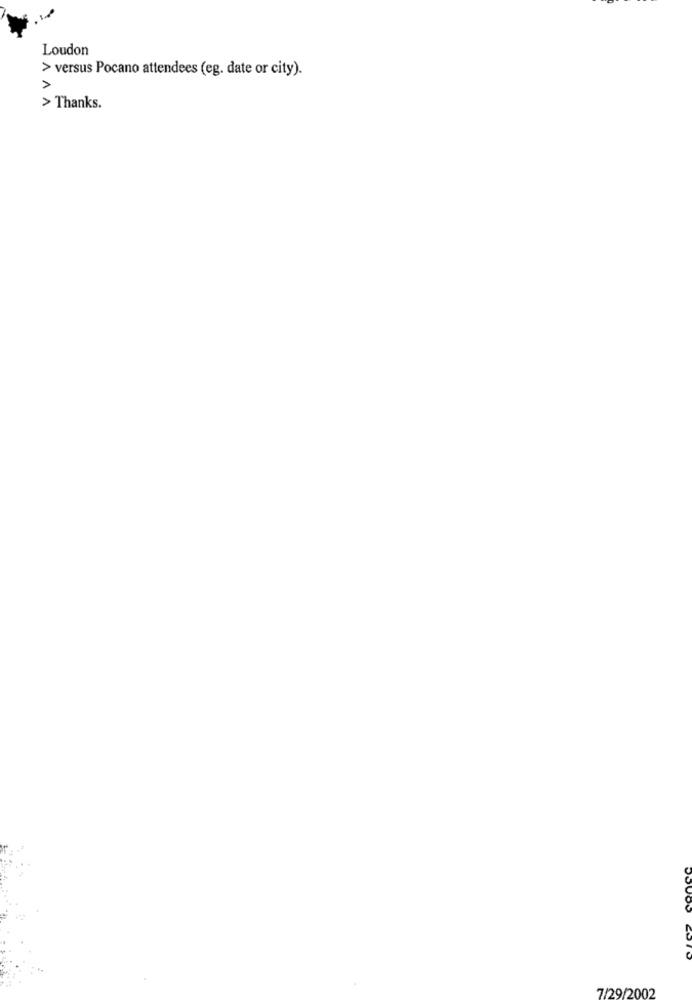
Loudon
> versus Pocano attendees (eg. date or city).
>
> Thanks.
7/29/2002